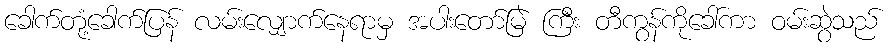
ခေါက်တုံ့ခေါက်ပြန် လမ်းလျှောက်နေရာမှ အပါးတော်မြဲ ကြီး တီကွန်ကိုခေါ်ကာ ဝမ်းဆွဲသည်